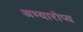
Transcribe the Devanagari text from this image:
अभ्यारोप्य